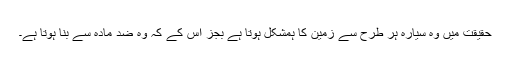
حقیقت میں وہ سیارہ ہر طرح سے زمین کا ہمشکل ہوتا ہے بجز اس کے کہ وہ ضد مادّہ سے بنا ہوتا ہے۔